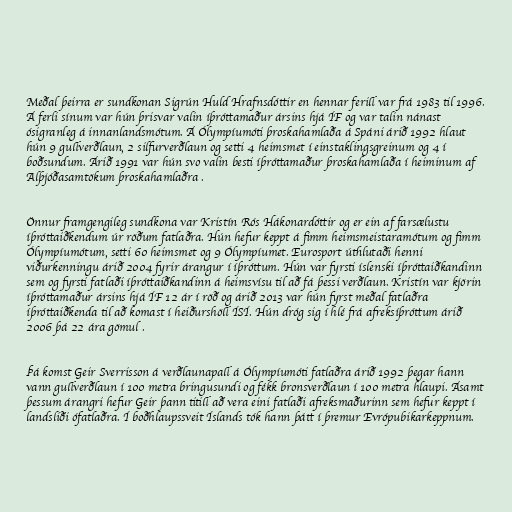
Meðal þeirra er sundkonan Sigrún Huld Hrafnsdóttir en hennar ferill var frá 1983 til 1996.
Á ferli sínum var hún þrisvar valin íþróttamaður ársins hjá ÍF og var talin nánast
ósigranleg á innanlandsmótum. Á Ólympíumóti þroskahamlaða á Spáni árið 1992 hlaut
hún 9 gullverðlaun, 2 silfurverðlaun og setti 4 heimsmet í einstaklingsgreinum og 4 í
boðsundum. Árið 1991 var hún svo valin besti íþróttamaður þroskahamlaða í heiminum af
Alþjóðasamtökum þroskahamlaðra .

Önnur framgengileg sundkona var Kristín Rós Hákonardóttir og er ein af farsælustu
íþróttaiðkendum úr röðum fatlaðra. Hún hefur keppt á fimm heimsmeistaramótum og fimm
Ólympíumótum, setti 60 heimsmet og 9 Ólympíumet. Eurosport úthlutaði henni
viðurkenningu árið 2004 fyrir árangur í íþróttum. Hún var fyrsti íslenski íþróttaiðkandinn
sem og fyrsti fatlaði íþróttaiðkandinn á heimsvísu til að fá þessi verðlaun. Kristín var kjörin
íþróttamaður ársins hjá ÍF 12 ár í röð og árið 2013 var hún fyrst meðal fatlaðra
íþróttaiðkenda til að komast í heiðurshöll ÍSÍ. Hún dróg sig í hlé frá afreksíþróttum árið
2006 þá 22 ára gömul .

Þá komst Geir Sverrisson á verðlaunapall á Ólympíumóti fatlaðra árið 1992 þegar hann
vann gullverðlaun í 100 metra bringusundi og fékk bronsverðlaun í 100 metra hlaupi. Ásamt
þessum árangri hefur Geir þann titill að vera eini fatlaði afreksmaðurinn sem hefur keppt í
landsliði ófatlaðra. Í boðhlaupssveit Íslands tók hann þátt í þremur Evrópubikarkeppnum.